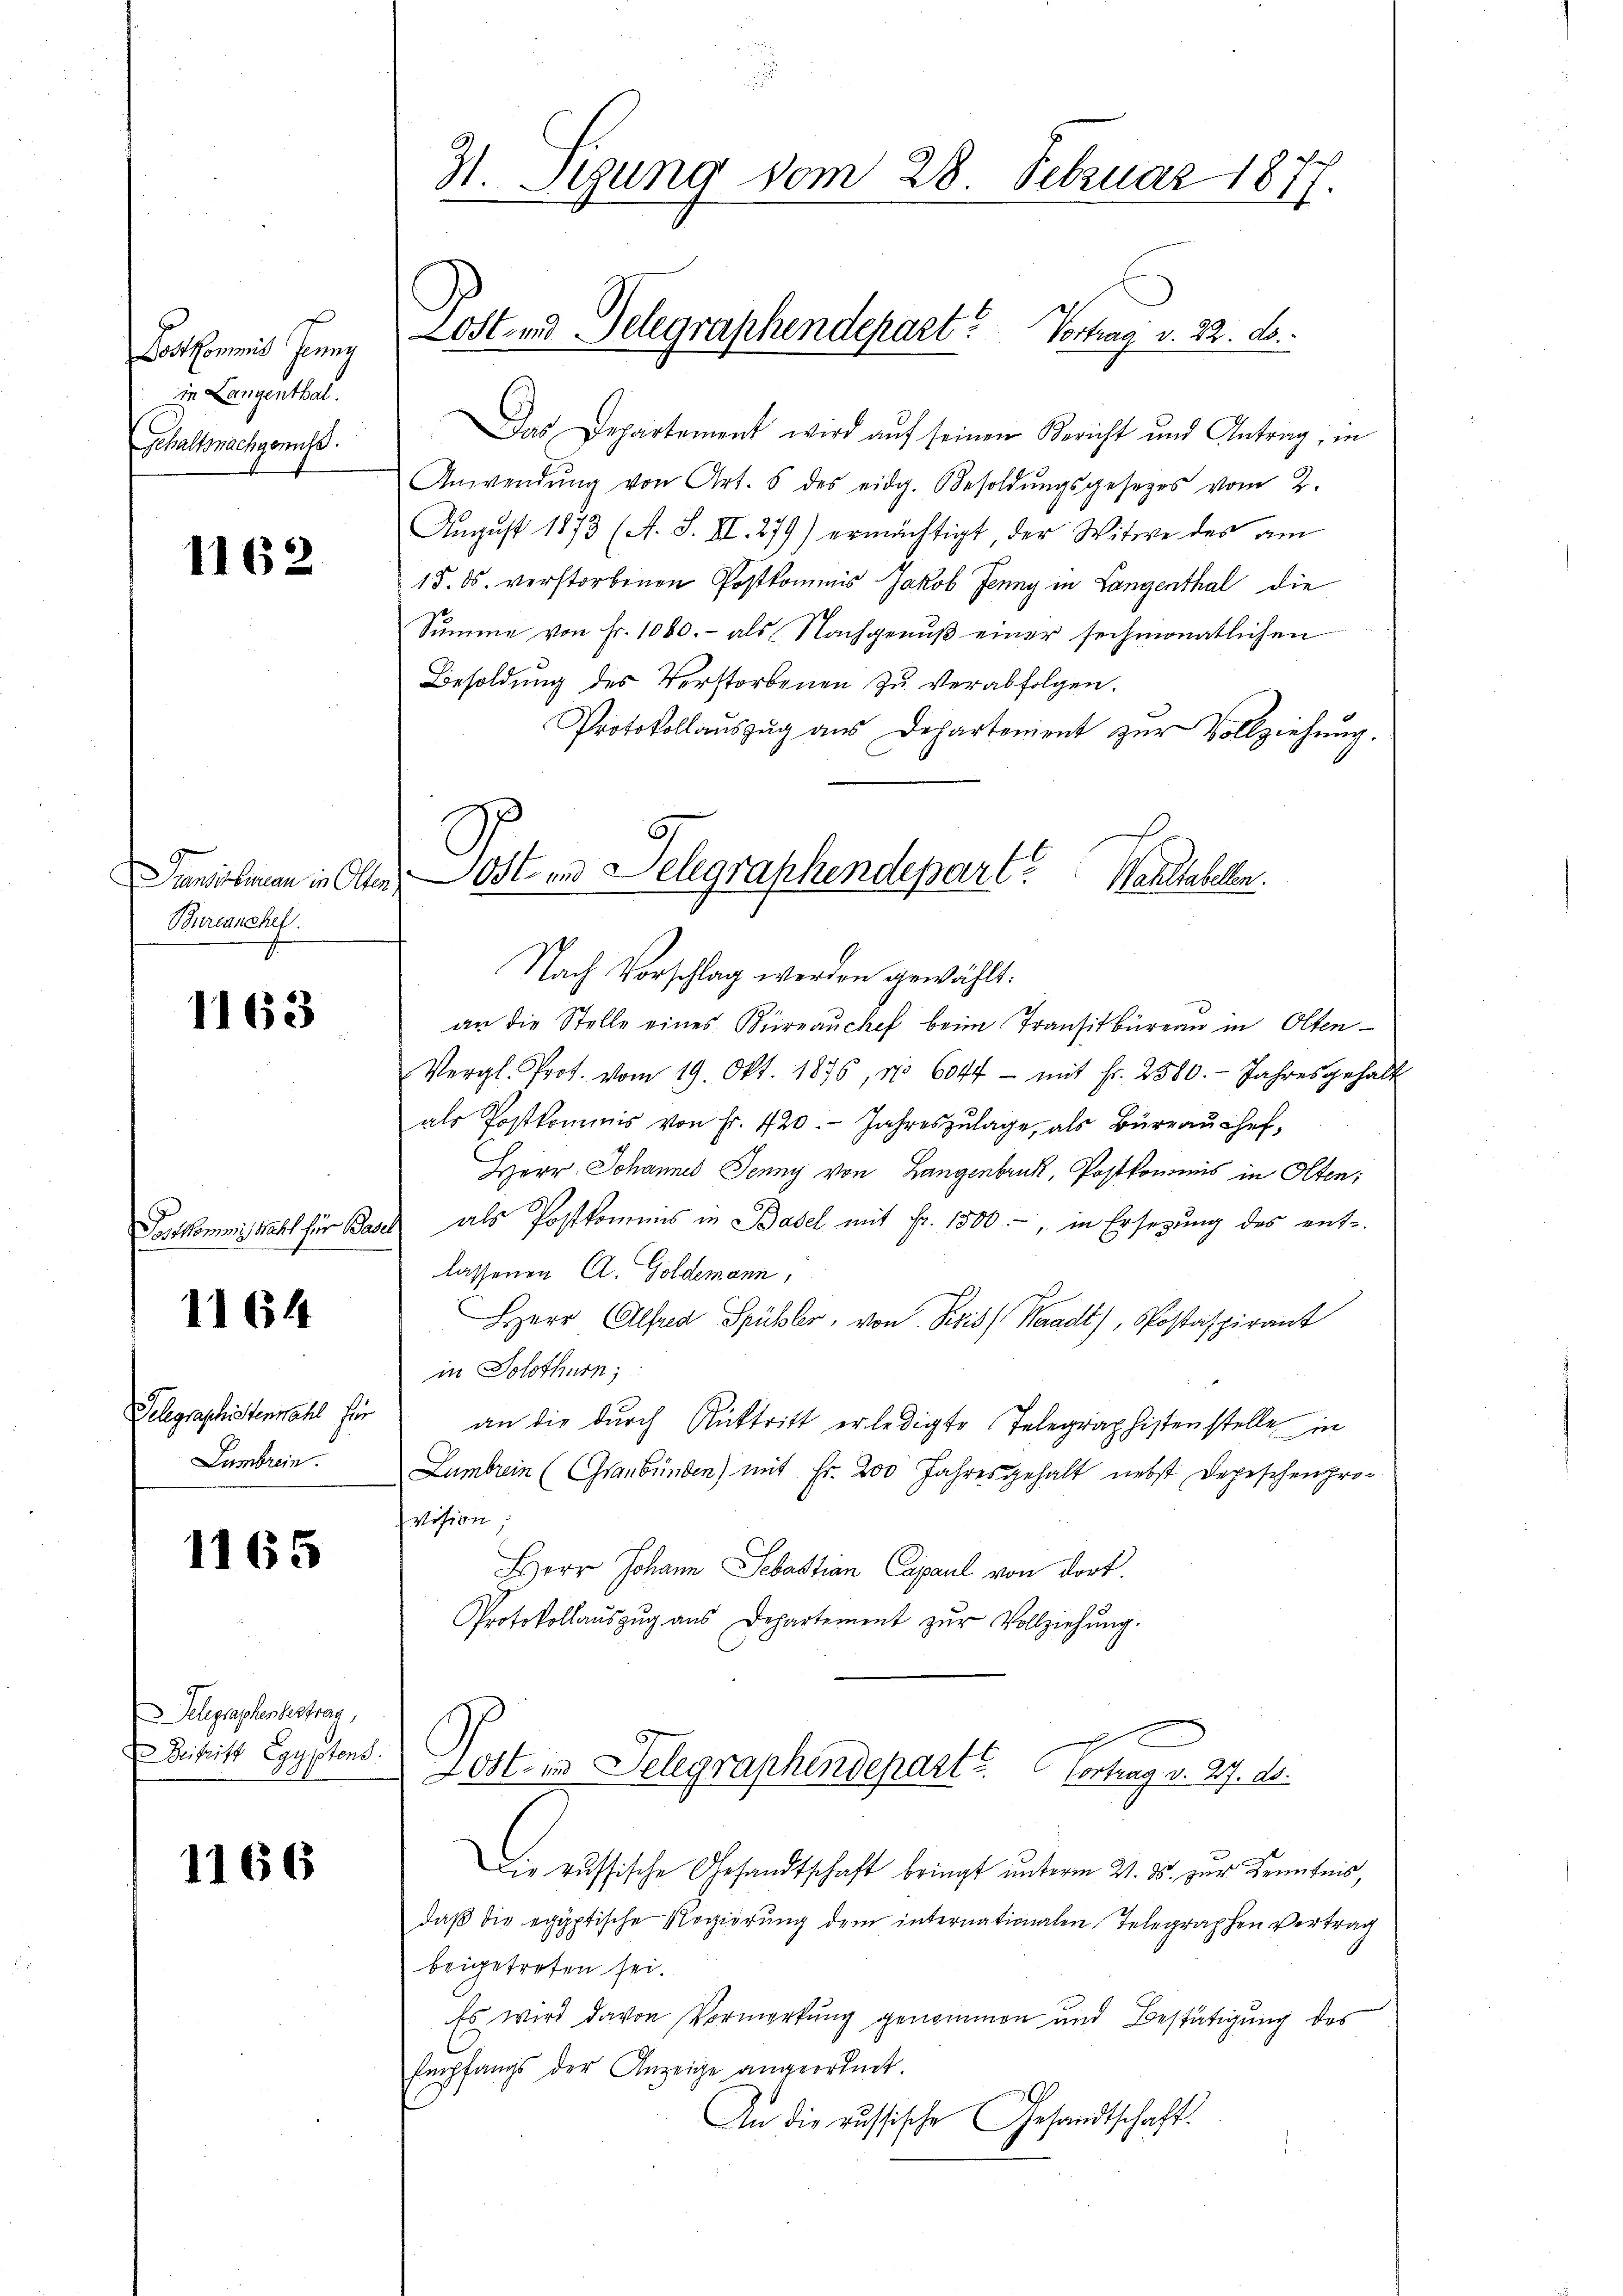
Lortkommis Jenny
in Langenthal.
Gehaltsnachgenuss.

1162

Bureanchef.

1163

1164

Gelegraphistenmahl für
Lambrein.

1165

Telegraphesbestrag,
Beitritt Egyptens.

1166

31. Sigung vom 28. Februar 1877.

Das Departement wird auf seinen Bericht und Antrag, in
Anwendŭng von Art. 5 des eidg. Besoldŭngsgesezes vom 2.
August 1873 (A. S. II. 279) ermächtigt, der Witwe der am
15. ds. verstorbenen Postkommis Jakob Jenny in Langenthal die
Sŭmme von Fr. 1000.- als Nachgenŭβ einer sechmonatlichen
Besoldung des Verstorbenen zu verabfolgen.
Protokollauszug aus Departement zur Vollziehung.
Nach Vorschlag werden gewählt.
an die Stelle eines Büreaŭchef beim Transitbüreau in Olten
Vergl. Prof. vom 19. Okt. 1876, No 604f - mit Fr. 2580. Jahresgehalt
als Postkommis von Fr. 420. Jahreszŭlage, als Büreaŭ chef-
Herr Johannes Jenny von Langenbruck, Postkommis in Olten;
Postkommisstatt für Basel als Postkommis in Basel mit Fr. 1500.-, in Ersezung des ent-
lassenen A. Goldemann,
Herr Alfred Spühler, von Reis Waadt, Postaspirant
in Solothurn,
an die durch Rücktritt erledigte Telegraphistenstelle in
Lumbrein (Graubünden) mit Fr. 200 Jahresgehalt nebst Depeschenpro-
vision;
Herr Johann Sebastian Capaul von dort.
Protokollaŭszŭg aŭs Departement zŭr Vollziehŭng.
Lest in Telegraphendepart? Vortrag v. 27. ds.
Die russische Gesandtschaft bringt unterm 21. ds. zur Kenntnis,
daß die egyptische Regierung dem internationalen Telegraphen Vertrag
beigetreten sei.
Es wird davon Vormerkung genommen und Bestätigung des
Empfangs der Anzeige angeordnet.
An die russische Gesandtschaft.

Post und Gelegraphendepart. Vortrag v. 22. d.

.
Transschuman in Olten Ost- und Delegraphendepart.
Bauteten.